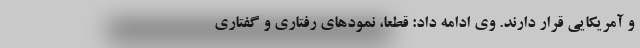
و آمریکایی قرار دارند. وی ادامه داد: قطعاً، نمودهای رفتاری و گفتاری